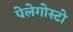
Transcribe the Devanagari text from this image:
पेलेगोस्टो